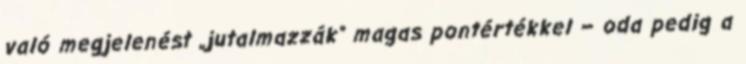
való megjelenést „jutalmazzák” magas pontértékkel – oda pedig a